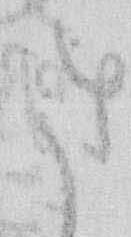
さ